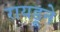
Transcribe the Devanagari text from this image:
रायडूने